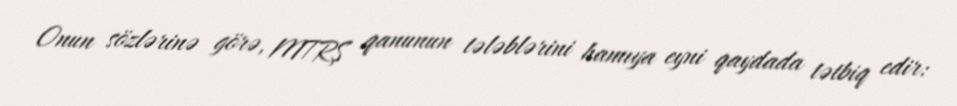
Onun sözlərinə görə, MTRŞ qanunun tələblərini hamıya eyni qaydada tətbiq edir: